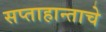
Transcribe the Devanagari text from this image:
सप्ताहान्ताचे